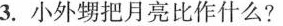
3.小外甥把月亮比作什么?